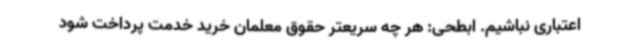
اعتباری نباشیم. ابطحی: هر چه سریعتر حقوق معلمان خرید خدمت پرداخت شود